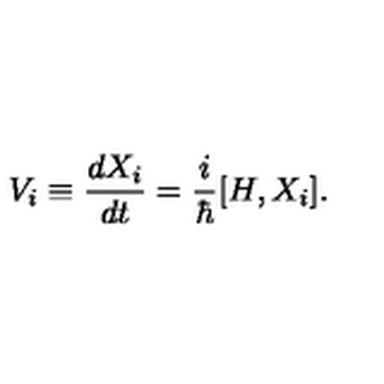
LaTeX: V _ { i } \equiv \frac { d X _ { i } } { d t } = \frac { i } { \hbar } { [ } H , X _ { i } { ] } .